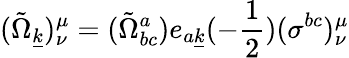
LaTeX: ({\tilde{\Omega}}_{\underline{{{k}}}})_{\nu}^{\mu}=({\tilde{\Omega}}_{bc}^{a})e_{a\underline{{{k}}}}(-{\frac{1}{2}})(\sigma^{bc})_{\nu}^{\mu}